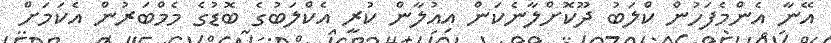
އޭނާ އެންމެފަހުން ކްލަބު ދޫކޮށްލާނެކަން އިއުލާން ކުރީ އެކްލަބުގެ ބޮޑުގެ މެމްބަރުން އެކަމަށް